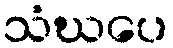
သံဃပေ